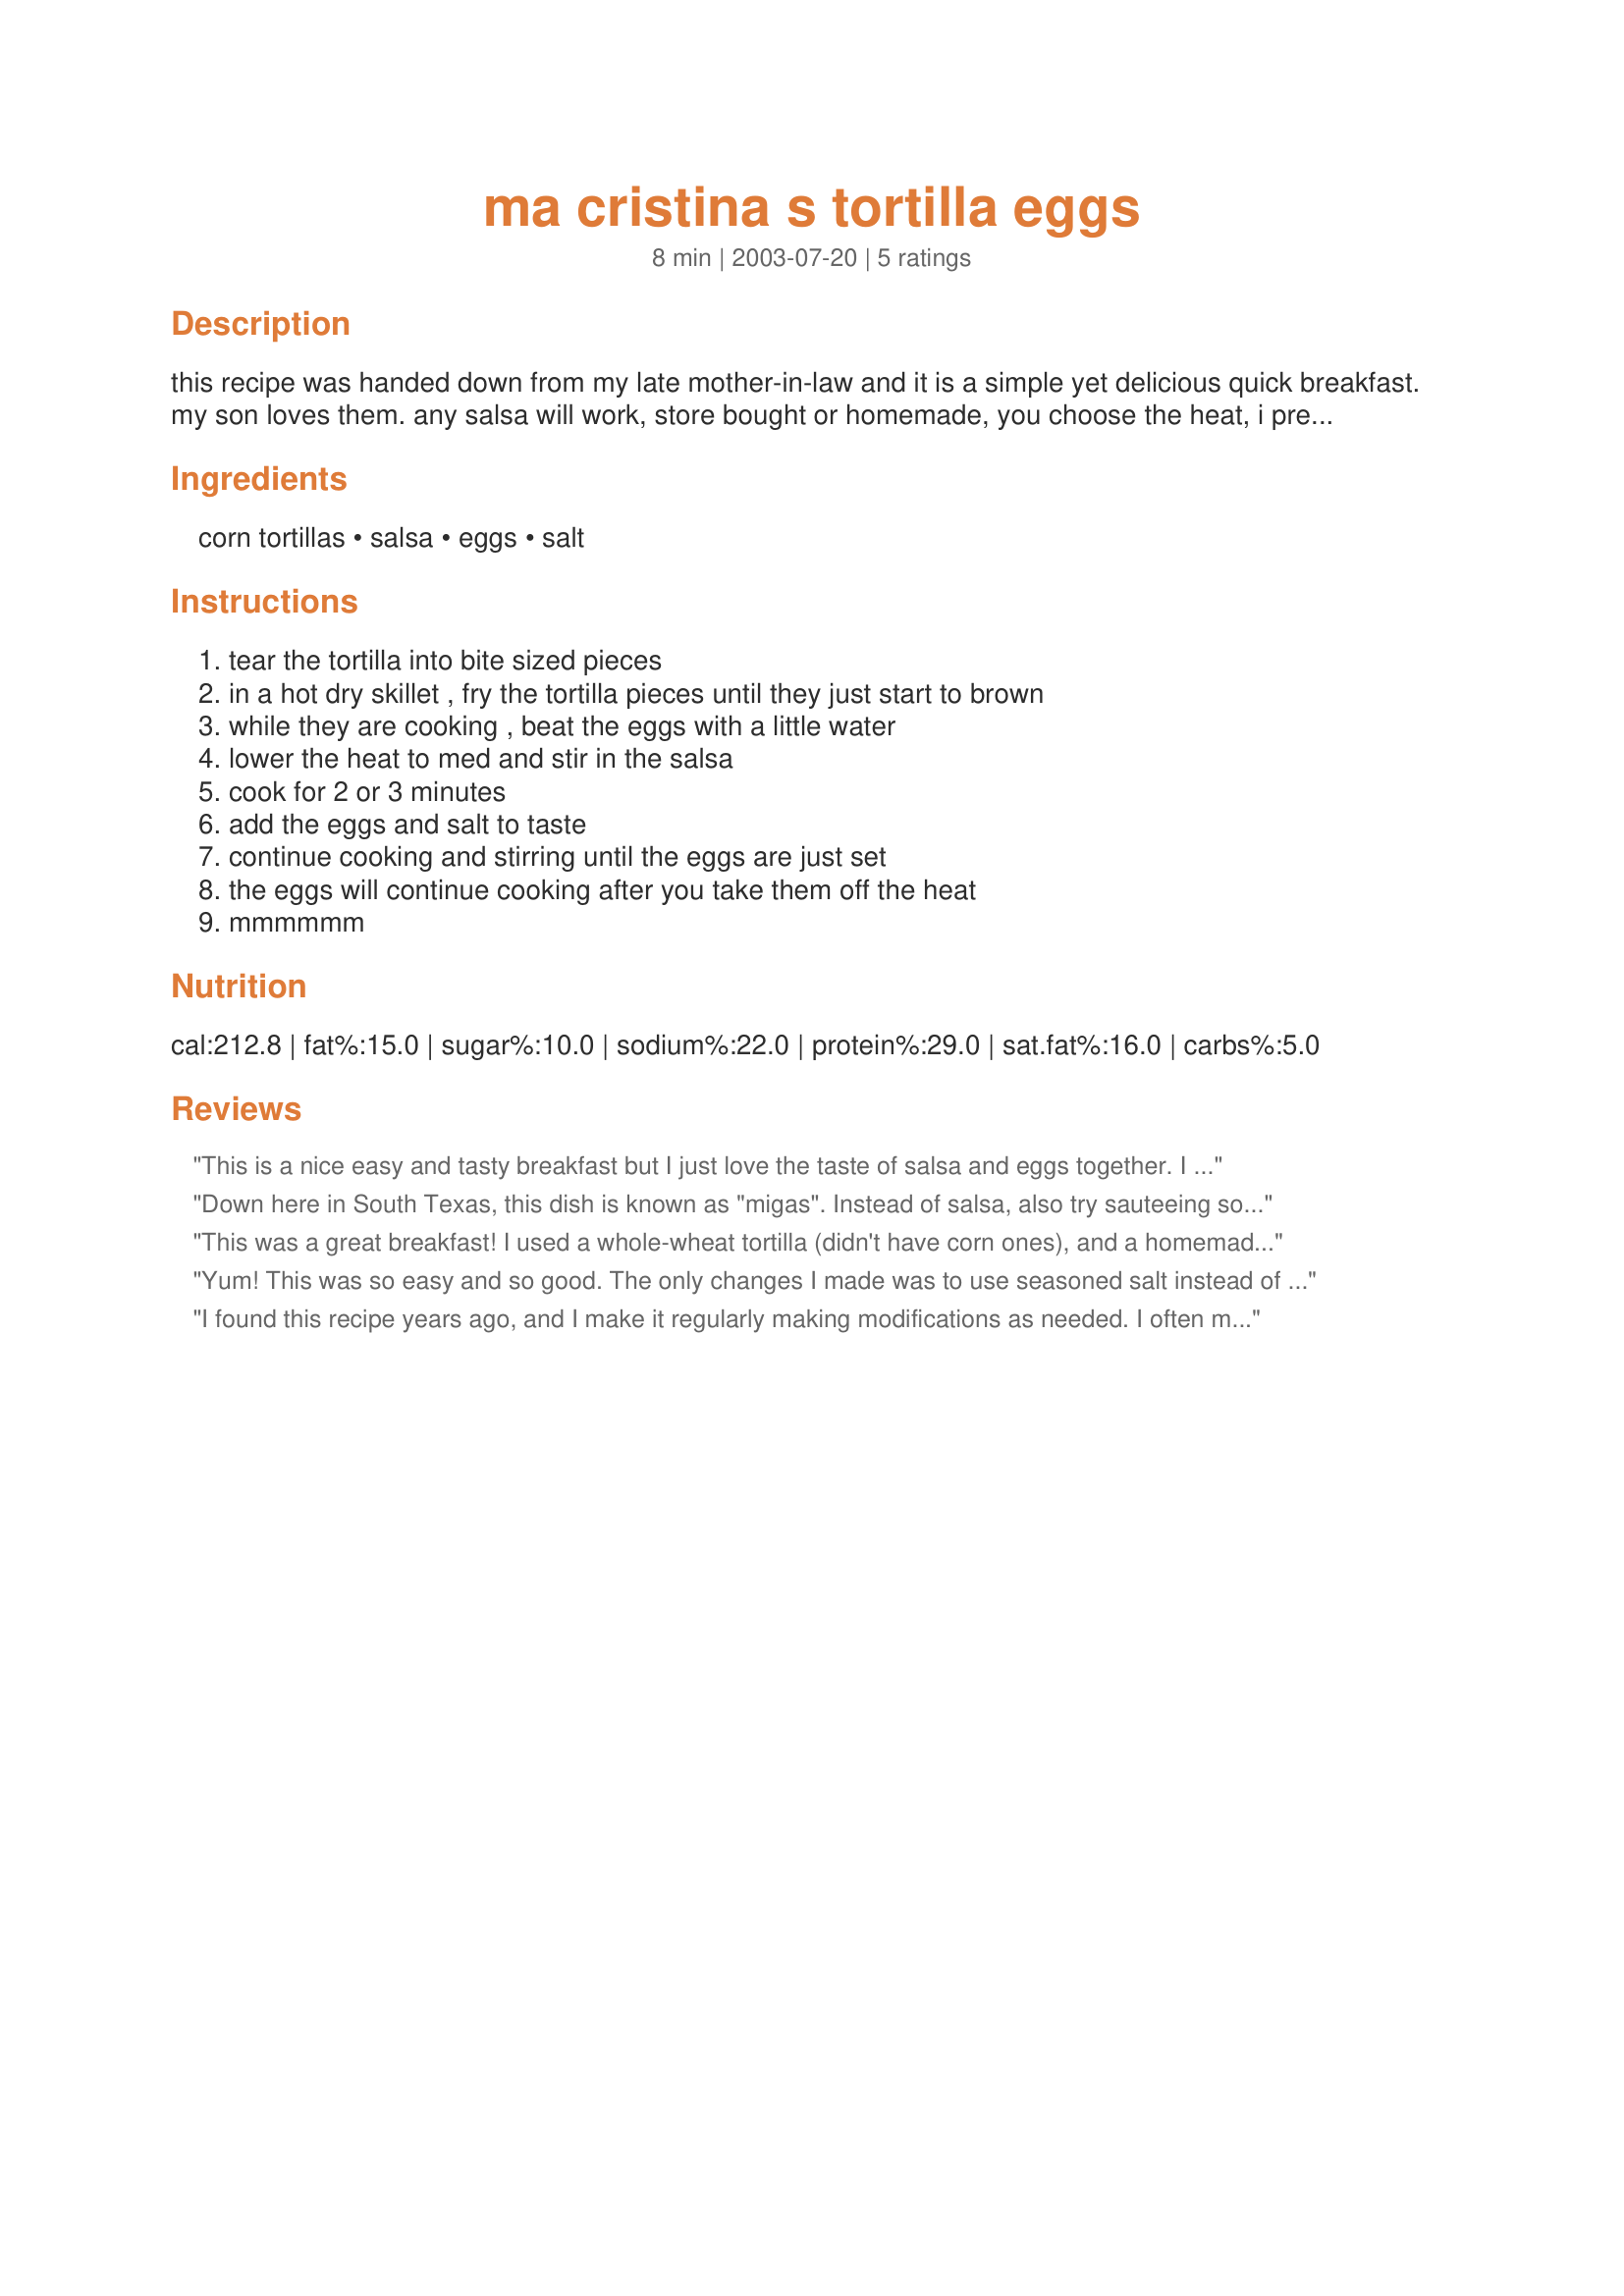
ma cristina s tortilla eggs
Preparation time: 8 minutes

this recipe was handed down from my late mother-in-law and it is a simple yet delicious quick breakfast. my son loves them. any salsa will work, store bought or homemade, you choose the heat, i prefer the chunky kind. i've also added ham or sausage with the salsa for good results.

Ingredients:
corn tortillas, salsa, eggs, salt

Steps:
tear the tortilla into bite sized pieces, in a hot dry skillet , fry the tortilla pieces until they just start to brown, while they are cooking , beat the eggs with a little water, lower the heat to med and stir in the salsa, cook for 2 or 3 minutes, add the eggs and salt to taste, continue cooking and stirring until the eggs are just set, the eggs will continue cooking after you take them off the heat, mmmmmm

Reviews:
This is a nice easy and tasty breakfast but I just love the taste of salsa and eggs together. I also added some shredded monterey jack cheese and let it melt just a bit.
Down here in South Texas, this dish is known as "migas". Instead of salsa, also try sauteeing some chopped onion and tomato before adding the eggs.
This was a great breakfast! I used a whole-wheat tortilla (didn't have corn ones), and a homemade pico de gallo (onions, tomatoes, jalapenos, cilantro), and it was very tasty.
Yum! This was so easy and so good. The only changes I made was to use seasoned salt instead of plain and once everything was cooked I melted hot pepper jack cheese. When I was down in Texas we stopped at a little TexMex restaurant. I think they called this Migas. You could easily add some meat such as Chorizo or plain sausage. Great recipe and congrats for being chosen Chef of the Day.
I found this recipe years ago, and I make it regularly making modifications as needed. I often make this by using the crumbs from a bag of tortilla chips instead of fresh tortillas, and I mix them in with the egg and water and let them sit for a few minutes. I then cook the egg-tortilla mix first, and add the salsa when the eggs are set. Delicious either way!
